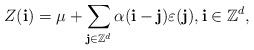
LaTeX: \begin{align*}Z(\mathbf{i})=\mu+\sum_{\mathbf{j}\in\mathbb{Z}^{d}} \alpha ( \mathbf{i}-\mathbf{j})\varepsilon(\mathbf{j}), \mathbf{i}\in \mathbb{Z}^{d},\end{align*}